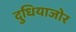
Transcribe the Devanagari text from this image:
दुधियाजोर